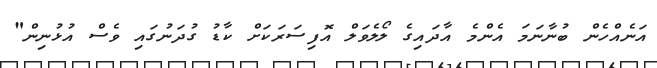
އަނެއްހެން ބުނާނަމަ އެންމެ އާދައިގެ ލޯލެވަލް އޮފިސަރަކަށް ކާޑު ގުދަނުގައި ވެސް އުޅުނިން"